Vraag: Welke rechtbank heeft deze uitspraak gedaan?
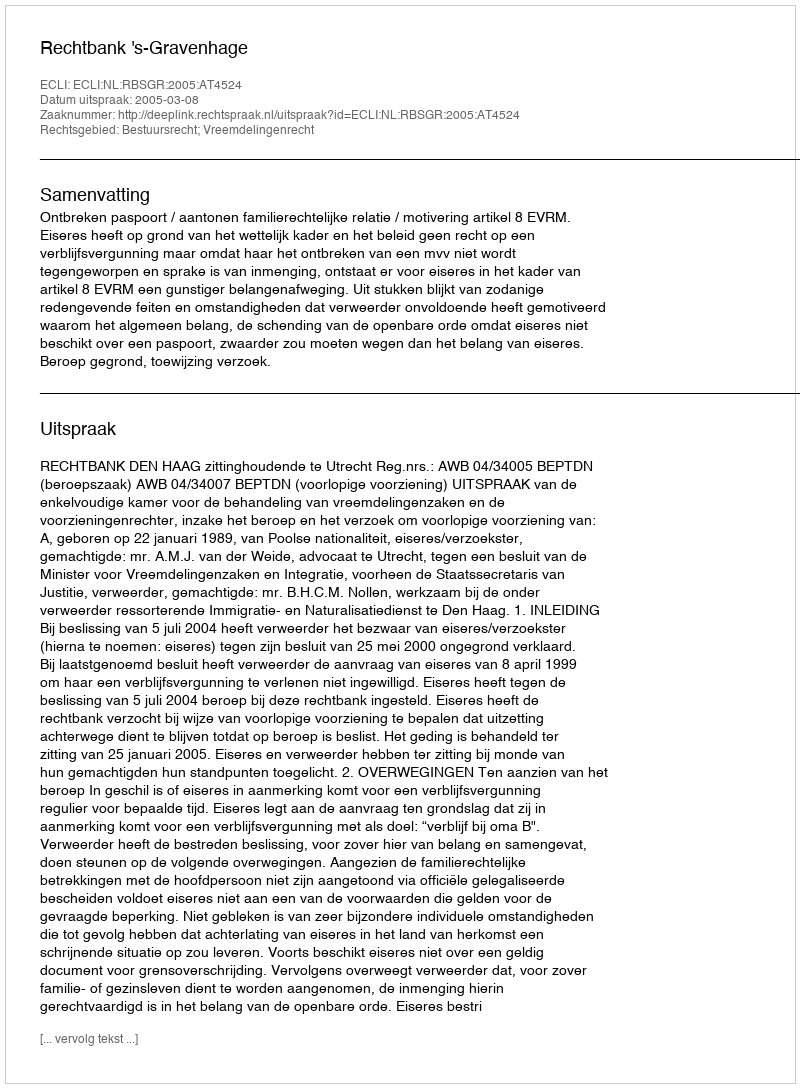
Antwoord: Rechtbank 's-Gravenhage